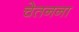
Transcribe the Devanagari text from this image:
चेतनना